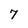
Character: 7